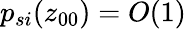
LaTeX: p_{si}(z_{00})={O}\! \left(1\right)